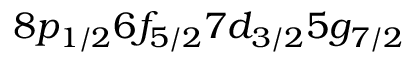
8 p _ { 1 / 2 } 6 f _ { 5 / 2 } 7 d _ { 3 / 2 } 5 g _ { 7 / 2 }